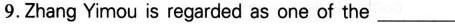
9. Zhang Yimou is regarded as one of the ___